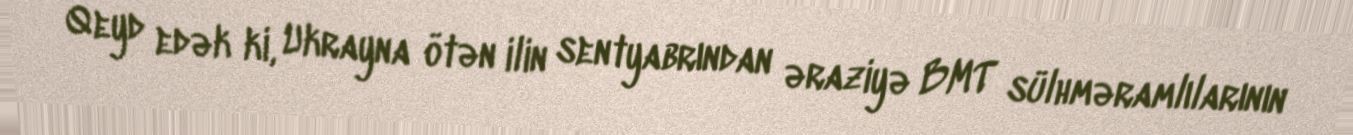
Qeyd edək ki, Ukrayna ötən ilin sentyabrından əraziyə BMT sülhməramlılarının